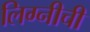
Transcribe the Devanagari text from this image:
लिग्नीची